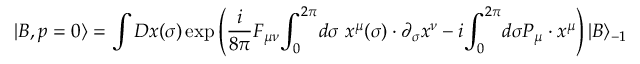
| B , p = 0 \rangle = \int D x ( \sigma ) \exp \left( { \frac { i } { 8 \pi } } F _ { \mu \nu } { \int _ { 0 } } ^ { 2 \pi } d \sigma ~ x ^ { \mu } ( \sigma ) \cdot \partial _ { \sigma } x ^ { \nu } - i { \int _ { 0 } } ^ { 2 \pi } d \sigma P _ { \mu } \cdot x ^ { \mu } \right) | B \rangle _ { - 1 }